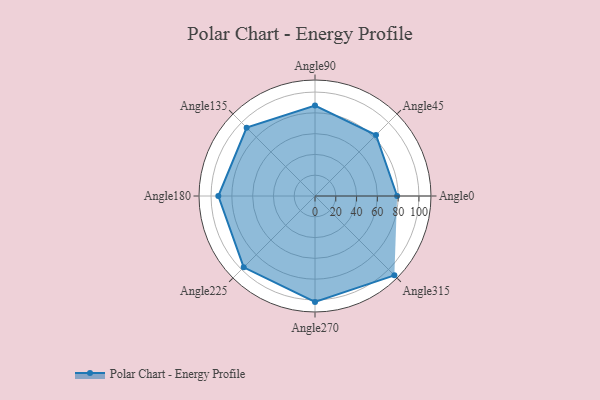
{"axis": {"x": "Angle", "y": "Radius"}, "legend": [""], "data": [{"x": "Angle0", "y": 79.0, "type": ""}, {"x": "Angle45", "y": 83.0, "type": ""}, {"x": "Angle90", "y": 87.0, "type": ""}, {"x": "Angle135", "y": 93.0, "type": ""}, {"x": "Angle180", "y": 93.0, "type": ""}, {"x": "Angle225", "y": 97.0, "type": ""}, {"x": "Angle270", "y": 102.0, "type": ""}, {"x": "Angle315", "y": 108.0, "type": ""}]}